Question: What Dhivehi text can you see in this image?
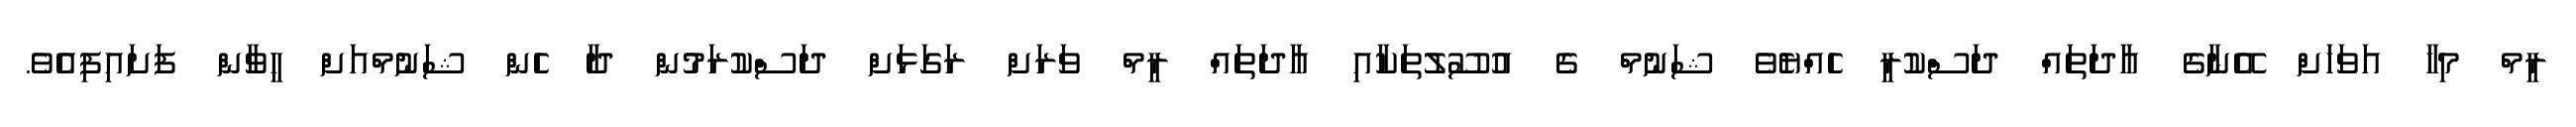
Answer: ރީމް މިހާ އަވަހަށް އޭނާގެ އާދަތައް ދަސްކުރީ ހެއްޔެވެ ޝަނުމް ގެ އުސޫލުތަކާއި އާދަތައް ރީމް ވަރަށް ރަގަޅަށް ދަސްކުރަމުން ދާ ހެން ޝަނުމްއަށް ހީވާން ފަށައިފިއެވެ.